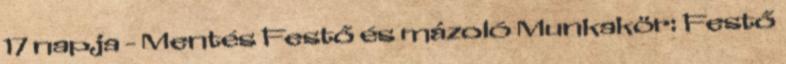
17 napja - Mentés Festő és mázoló Munkakör: Festő